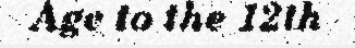
Age to the 12th